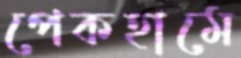
পেকহামে